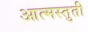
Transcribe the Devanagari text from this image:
आत्मस्तुती